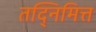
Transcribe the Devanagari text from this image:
तद्निमित्त